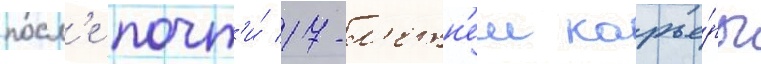
посл'е почт'и́ 17-л'етн'еи карье́ры